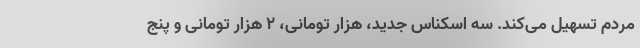
مردم تسهیل می‌کند. سه اسکناس جدید، هزار تومانی، ۲ هزار تومانی و پنج